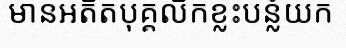
មានអតីតបុគ្គលិកខ្លះបន្លំយក